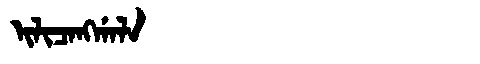
Manchu: ᡳᠯᡳᠴᠠᠩᡤᠠᠯᠠ
Romanization: ILICANGGALA